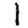
Digit: 1